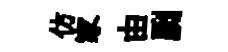
仿家由劂